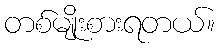
တစ်မျိုးစားရတယ်။